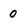
Character: 0